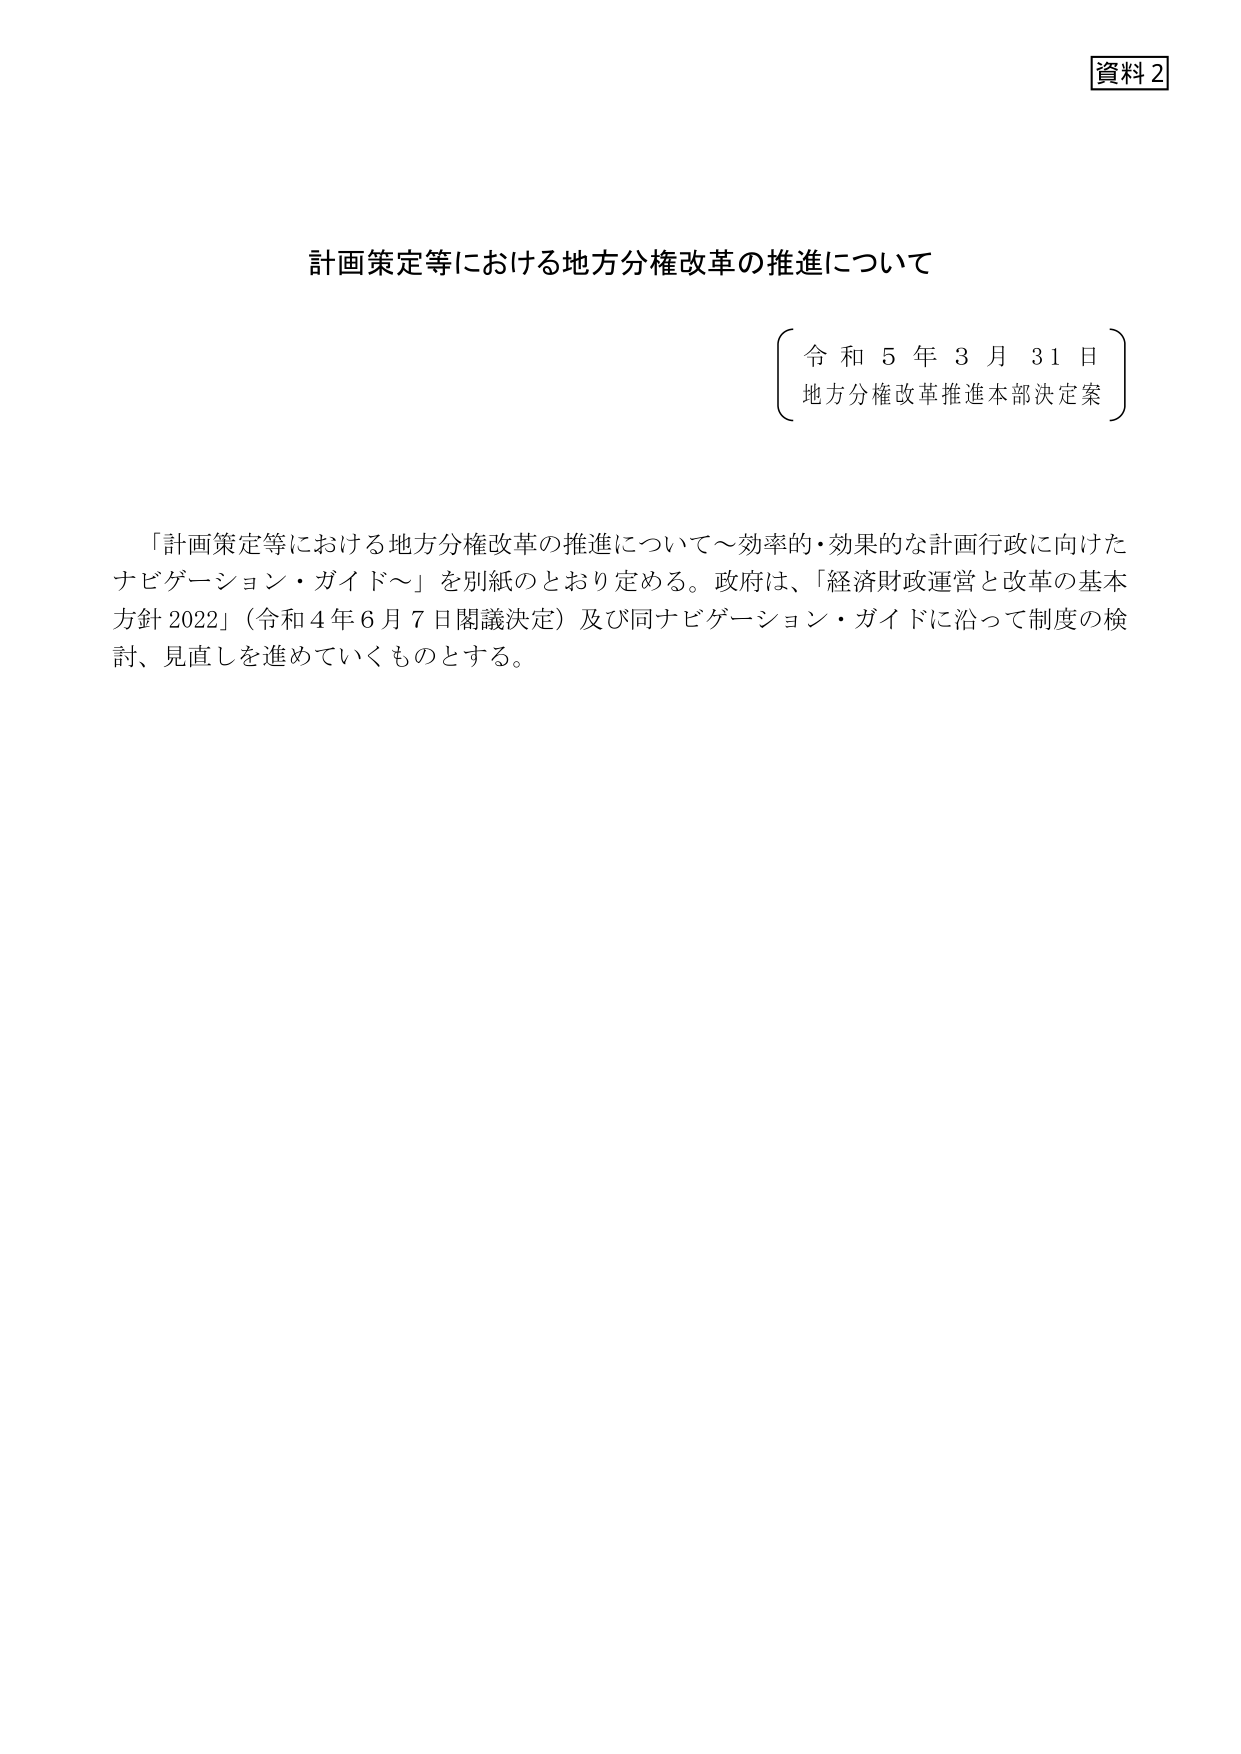
資料2

計画策定等における地方分権改革の推進について

令和5年3月31日
地方分権改革推進本部決定案

「計画策定等における地方分権改革の推進について～効率的・効果的な計画行政に向けたナビゲーション・ガイド～」を別紙のとおり定める。政府は、「経済財政運営と改革の基本方針2022」（令和4年6月7日閣議決定）及び同ナビゲーション・ガイドに沿って制度の検討、見直しを進めていくものとする。